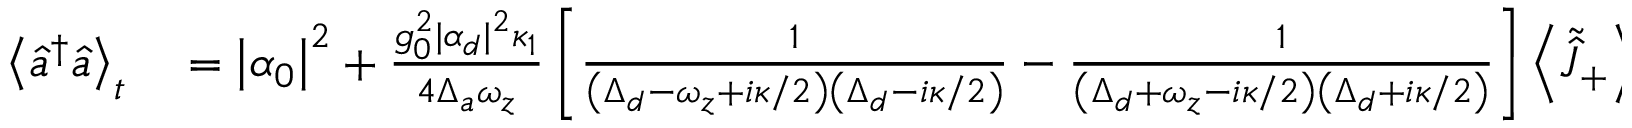
\begin{array} { r l } { \left\langle \hat { a } ^ { \dagger } \hat { a } \right\rangle _ { t } } & { { } = \left| \alpha _ { 0 } \right| ^ { 2 } + \frac { g _ { 0 } ^ { 2 } | \alpha _ { d } | ^ { 2 } \kappa _ { 1 } } { 4 \Delta _ { a } \omega _ { z } } \left[ \frac { 1 } { \left( \Delta _ { d } - \omega _ { z } + i \kappa / 2 \right) \left( \Delta _ { d } - i \kappa / 2 \right) } - \frac { 1 } { \left( \Delta _ { d } + \omega _ { z } - i \kappa / 2 \right) \left( \Delta _ { d } + i \kappa / 2 \right) } \right] \left\langle \tilde { \hat { J } } _ { + } \right\rangle e ^ { i \omega _ { z } t } } \end{array}